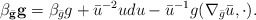
\begin{align*}\beta_{\bar {\mathbf{g}}} \mathbf {g} = \beta_{\bar g} g + \bar u^{-2} u du -\bar u^{-1} g(\nabla_{\bar g} \bar u, \cdot).\end{align*}